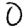
Digit: 0